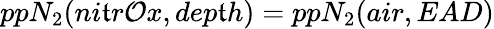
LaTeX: ppN_{2}(ni\mathfrak{t}r\mathcal{O}x,dep\mathfrak{t}h)=ppN_{2}(air,EAD)